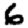
Digit: 6